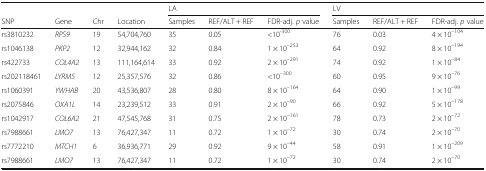
<table><thead><tr><td></td><td></td><td></td><td></td><td colspan="3"><b>LA</b></td><td colspan="3"><b>LV</b></td></tr><tr><td><b>SNP</b></td><td><b>Gene</b></td><td><b>Chr</b></td><td><b>Location</b></td><td><b>Samples</b></td><td><b>REF/ALT + REF</b></td><td><b>FDR-adj. <i>p</i> value</b></td><td><b>Samples</b></td><td><b>REF/ALT + REF</b></td><td><b>FDR-adj. <i>p</i> value</b></td></tr></thead><tbody><tr><td>rs3810232</td><td><i>RPS9</i></td><td>19</td><td>54,704,760</td><td>35</td><td>0.05</td><td>&lt;10<sup>-300</sup></td><td>76</td><td>0.03</td><td>4 × 10<sup>–104</sup></td></tr><tr><td>rs1046138</td><td><i>PKP2</i></td><td>12</td><td>32,944,162</td><td>32</td><td>0.84</td><td>1 × 10<sup>–253</sup></td><td>64</td><td>0.92</td><td>8 × 10<sup>–194</sup></td></tr><tr><td>rs422733</td><td><i>COL4A2</i></td><td>13</td><td>111,164,614</td><td>33</td><td>0.92</td><td>2 × 10<sup>–291</sup></td><td>74</td><td>0.92</td><td>1 × 10<sup>–84</sup></td></tr><tr><td>rs202118461</td><td><i>LYRM5</i></td><td>12</td><td>25,357,576</td><td>32</td><td>0.86</td><td>&lt;10<sup>–300</sup></td><td>60</td><td>0.95</td><td>9 × 10<sup>–76</sup></td></tr><tr><td>rs1060391</td><td><i>YWHAB</i></td><td>20</td><td>43,536,807</td><td>28</td><td>0.80</td><td>8 × 10<sup>–164</sup></td><td>64</td><td>0.90</td><td>1 × 10<sup>–99</sup></td></tr><tr><td>rs2075846</td><td><i>OXA1L</i></td><td>14</td><td>23,239,512</td><td>33</td><td>0.91</td><td>2 × 10<sup>–90</sup></td><td>66</td><td>0.92</td><td>5 × 10<sup>–178</sup></td></tr><tr><td>rs1042917</td><td><i>COL6A2</i></td><td>21</td><td>47,545,768</td><td>31</td><td>0.75</td><td>2 × 10<sup>–161</sup></td><td>78</td><td>0.73</td><td>2 × 10<sup>–72</sup></td></tr><tr><td>rs7988661</td><td><i>LMO7</i></td><td>13</td><td>76,427,347</td><td>11</td><td>0.72</td><td>1 × 10<sup>–72</sup></td><td>30</td><td>0.74</td><td>2 × 10<sup>–70</sup></td></tr><tr><td>rs7772210</td><td><i>MTCH1</i></td><td>6</td><td>36,936,771</td><td>29</td><td>0.92</td><td>9 × 10<sup>–44</sup></td><td>58</td><td>0.91</td><td>1 × 10<sup>–209</sup></td></tr><tr><td>rs7988661</td><td><i>LMO7</i></td><td>13</td><td>76,427,347</td><td>11</td><td>0.72</td><td>1 × 10<sup>–72</sup></td><td>30</td><td>0.74</td><td>2 × 10<sup>–70</sup></td></tr></tbody></table>